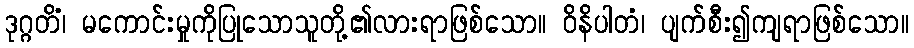
ဒုဂ္ဂတိံ၊ မကောင်းမှုကိုပြုသောသူတို့၏လားရာဖြစ်သော။ ဝိနိပါတံ၊ ပျက်စီး၍ကျရာဖြစ်သော။